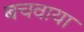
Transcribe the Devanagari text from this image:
बचवाया